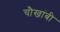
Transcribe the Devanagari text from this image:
चौखांबी